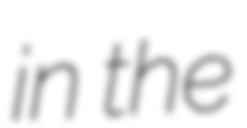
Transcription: in the